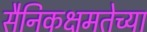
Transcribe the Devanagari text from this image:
सैनिकक्षमतेच्या